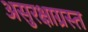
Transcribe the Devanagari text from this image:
असुरक्षाग्रस्त